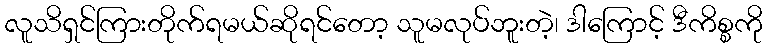
လူသိရှင်ကြားတိုက်ရမယ်ဆိုရင်တော့ သူမလုပ်ဘူးတဲ့၊ ဒါကြောင့် ဒီကိစ္စကို